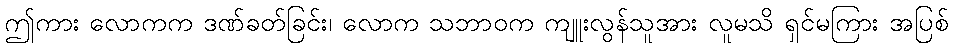
ဤကား လောကက ဒဏ်ခတ်ခြင်း၊ လောက သဘာဝက ကျူးလွန်သူအား လူမသိ ရှင်မကြား အပြစ်